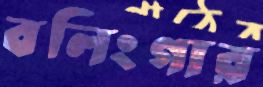
বলিংগার